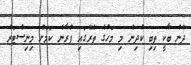
ދެން ބާކީ ތިބި ކުދިން މި މަހުގެ ތެރޭގައި ފުރާނެ ކަމަށް މިނިސްޓަރު